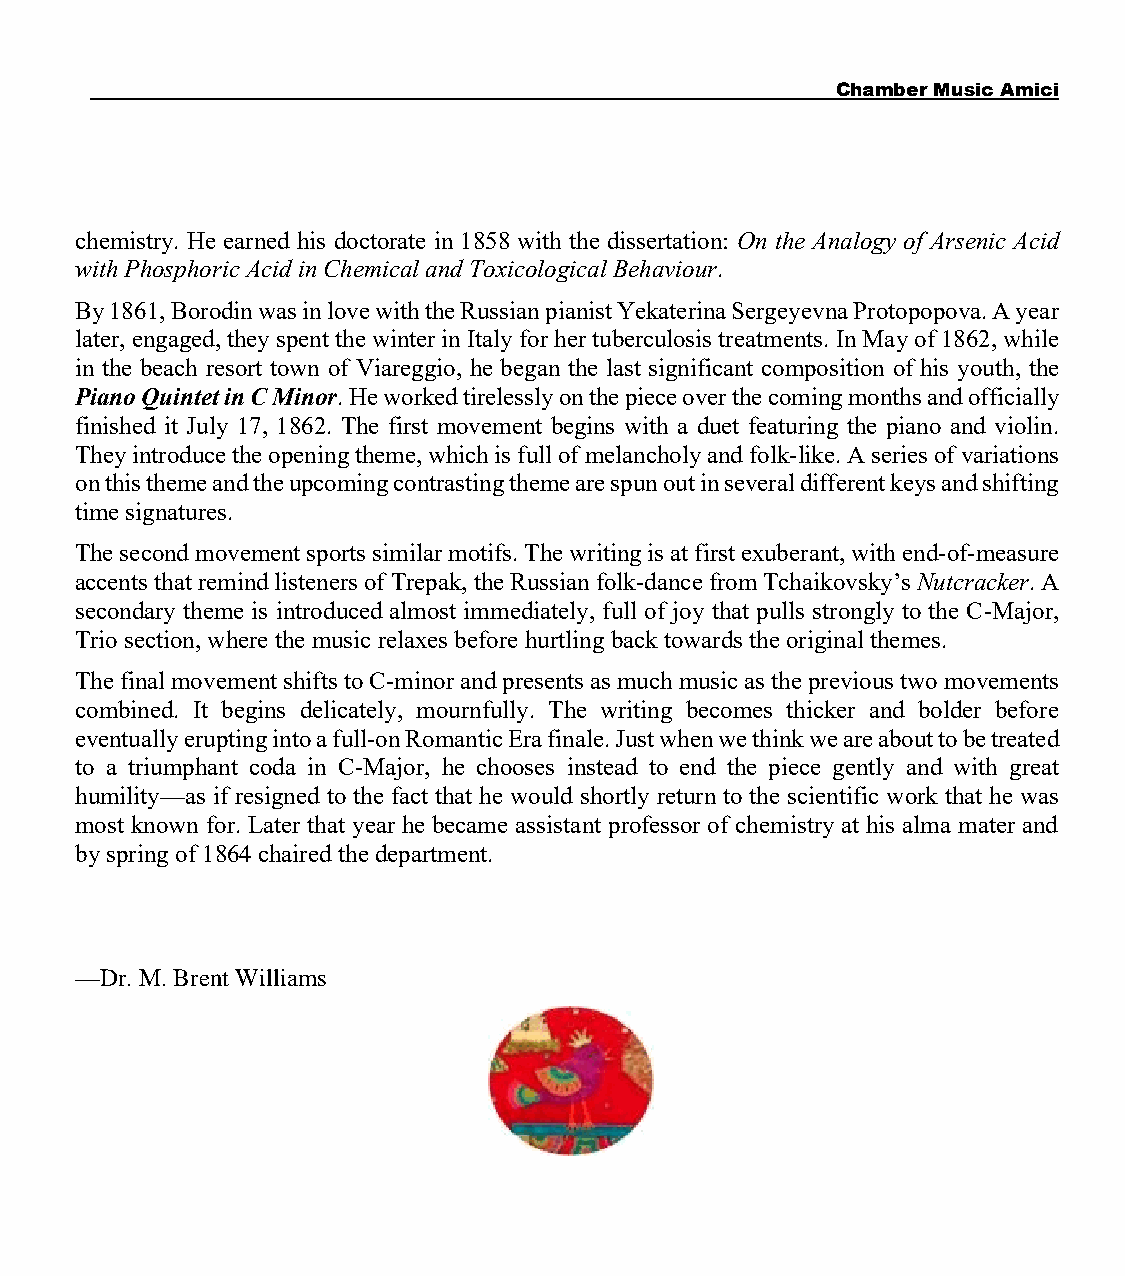
Chamber Music Amici
 chemistry. He earned his doctorate in 1858 with the dissertation: On the Analogy of Arsenic Acid
 with Phosphoric Acid in Chemical and Toxicological Behaviour.
 By 1861, Borodin was in love with the Russian pianist Yekaterina Sergeyevna Protopopova. A year
 later, engaged, they spent the winter in Italy for her tuberculosis treatments. In May of 1862, while
 in the beach resort town of Viareggio, he began the last significant composition of his youth, the
 Piano Quintet in C Minor. He worked tirelessly on the piece over the coming months and officially
 finished it July 17, 1862. The first movement begins with a duet featuring the piano and violin.
 They introduce the opening theme, which is full of melancholy and folk-like. A series of variations
 on this theme and the upcoming contrasting theme are spun out in several different keys and shifting
 time signatures.
 The second movement sports similar motifs. The writing is at first exuberant, with end-of-measure
 accents that remind listeners of Trepak, the Russian folk-dance from Tchaikovsky’s Nutcracker. A
 secondary theme is introduced almost immediately, full of joy that pulls strongly to the C-Major,
 Trio section, where the music relaxes before hurtling back towards the original themes.
 The final movement shifts to C-minor and presents as much music as the previous two movements
 combined. It begins delicately, mournfully. The writing becomes thicker and bolder before
 eventually erupting into a full-on Romantic Era finale. Just when we think we are about to be treated
 to a triumphant coda in C-Major, he chooses instead to end the piece gently and with great
 humility—as if resigned to the fact that he would shortly return to the scientific work that he was
 most known for. Later that year he became assistant professor of chemistry at his alma mater and
 by spring of 1864 chaired the department.
 —Dr. M. Brent Williams